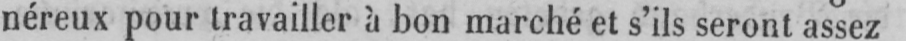
néreux pour travailler à bon marché et s’ils seront assez